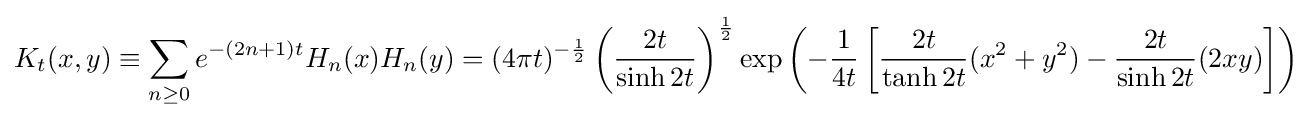
K_{t}(x,y)\equiv \sum _{n\geq 0}e^{-(2n+1)t}H_{n}(x)H_{n}(y)=(4\pi t)^{-{1 \over 2}}\left({2t \over \sinh 2t}\right)^{1 \over 2}\exp \left(-{1 \over 4t}\left[{2t \over \tanh 2t}(x^{2}+y^{2})-{2t \over \sinh 2t}(2xy)\right]\right)